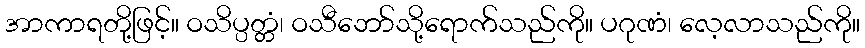
အာကာရတို့ဖြင့်။ ဝသိပ္ပတ္တံ၊ ဝသီဘော်သို့ရောက်သည်ကို။ ပဂုဏံ၊ လေ့လာသည်ကို။